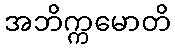
အဘိက္ကမောတိ